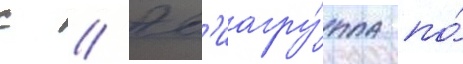
с // Ав'иагру́ппа по́